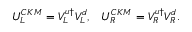
U _ { L } ^ { C K M } = V _ { L } ^ { u \dagger } V _ { L } ^ { d } , \; \; \; U _ { R } ^ { C K M } = V _ { R } ^ { u \dagger } V _ { R } ^ { d } .